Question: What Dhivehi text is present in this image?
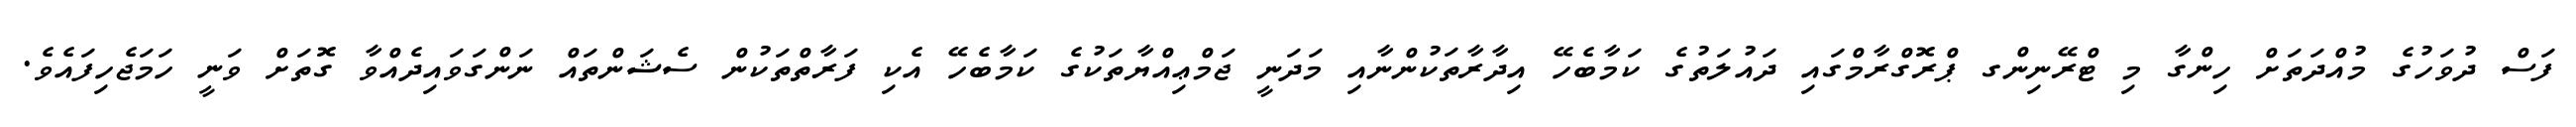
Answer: ފަސް ދުވަހުގެ މުއްދަތަށް ހިންގާ މި ޓްރޭނިންގ ޕްރޮގްރާމްގައި ދައުލަތުގެ ކަމާބެހޭ އިދާރާތަކުންނާއި މަދަނީ ޖަމްޢިއްޔާތަކުގެ ކަމާބެހޭ އެކި ފަރާތްތަކުން ސެޝަންތައް ނަންގަވައިދެއްވާ ގޮތަށް ވަނީ ހަމަޖެހިފައެވެ.